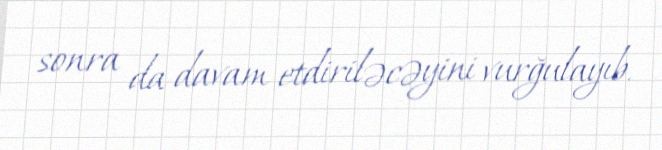
sonra da davam etdiriləcəyini vurğulayıb.